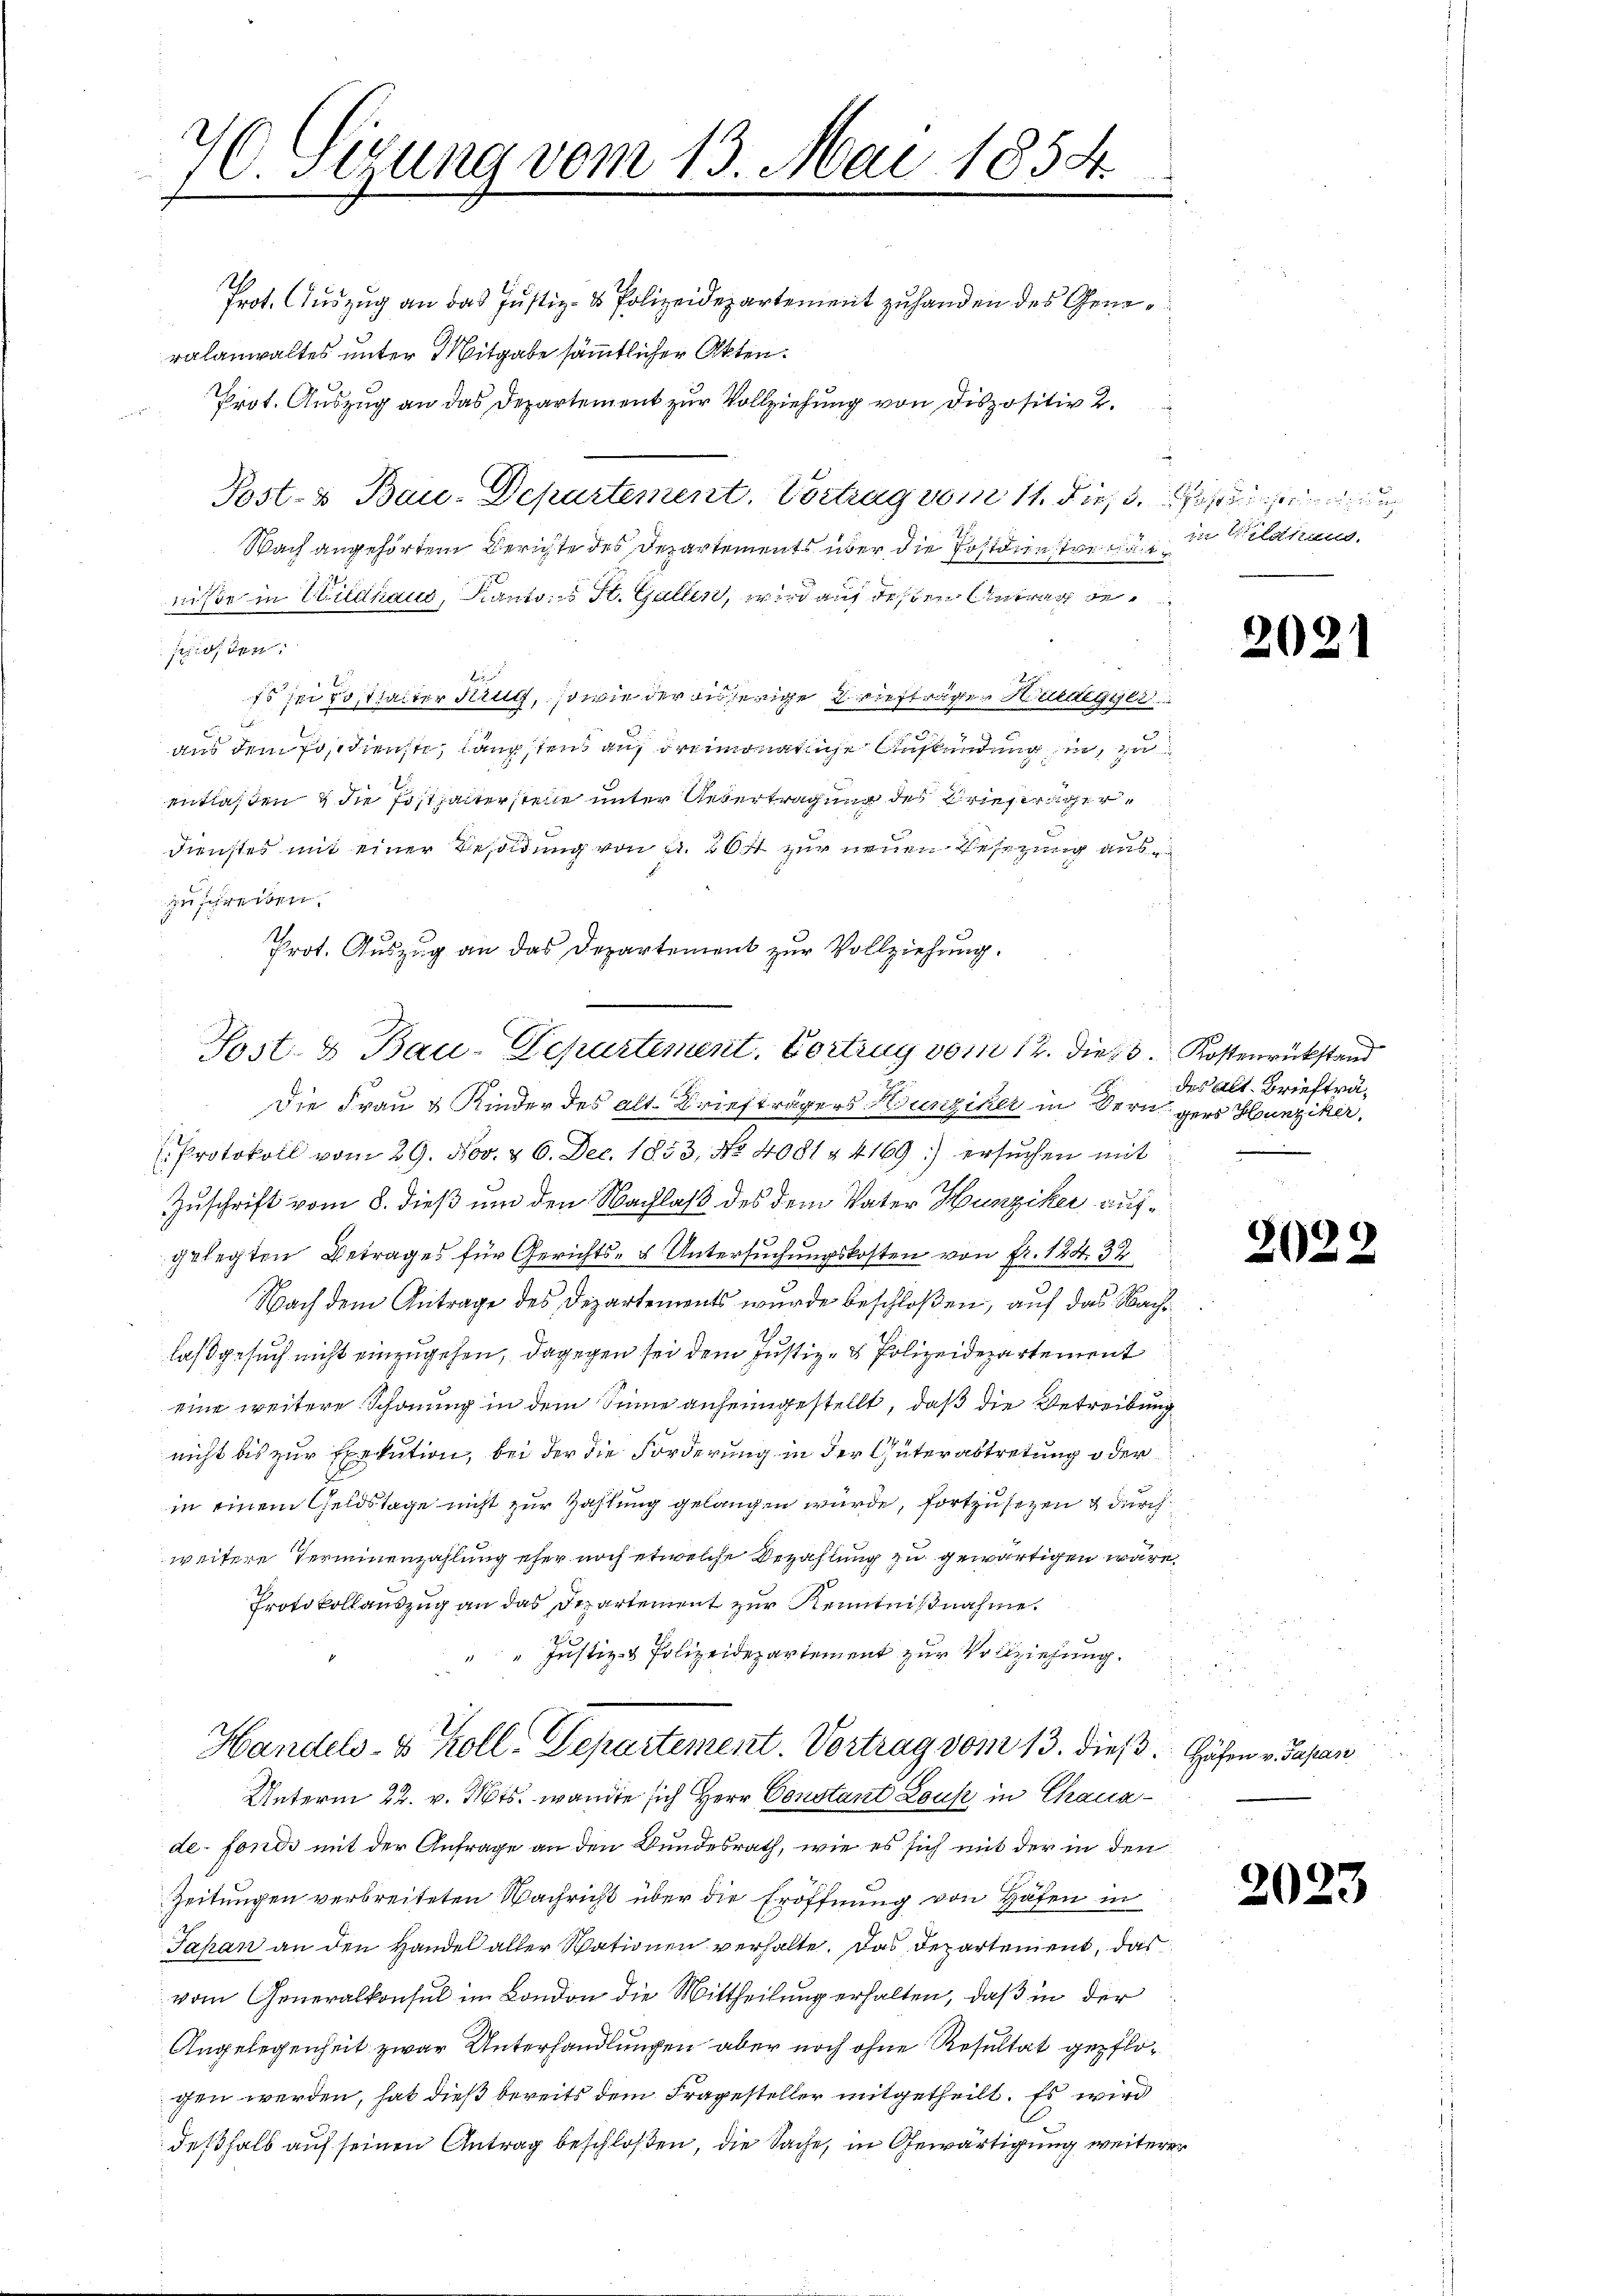
40. Sizung vom 13. Mai 1854.

Prot. Auszug an das Justiz- & Polizeidepartement zu handen des Generalanwaltes unter Mitgabe sämmtlicher Akten.
Prot. Auszug an das Departement zur Vollziehung von Dispositiv 2.
Post- & Bau-Departement. Vortrag vom 11. dieß, Zofingen
Nach angehörtem Berichte des Departements über die Postdienstreiniße in Wildhaus, Kantons St. Gallen, wird auf dessen Antrag besiden:
Es sei Posthalter Krutz, sowie der ausherige Briefträgen Huenegger
aus dem Postdienste, längstens auf dreimonatliche Aufkündung hin, zu
entlassen & die Posthalterstelle unter Uebertragung des Briefergerdienstes mit einer Besoldung von Fr. 20 fl zur neuen Besezung auszuschreiben.
1.
Prot. Auszug an das Departement zur Vollziehung.
Die Frau & Kinder des alt. Briefträgers Hunziker in Bern
Protokoll vom 29. Nov. & 6. Dec. 1853, No 4081 & 4169) ersuchen mit
Zuschrift vom 8. dieß um den Nachlaß des dem Vater Hunziker auf¬
31 x
gelegten Betrages für Gerichts- & Untersuchungskosten von Fr. 184. 32
Nach dem Antrage des Departements wurde beschloßen, auf das Nachlaß gesuch nicht einzugehen, dagegen sei dem Justiz- & Polizeidepartement
eine weitere Schonung in dem Sinne anheimgestellt, daß die Betreibung
nicht bis zur Exekution, bei der die Forderung in der Güterabtretung oder
in einem Geldstage nicht zur Zahlung gelangen wurde, fortzusetzen & durch
weitere Terminenzahlung eher noch etwelche Bezahlung zu gewärtigen wäre,
Protokollauszug an das Departement zur Kenntnißnahme.
Justiz- & Polizeidepartement zur Vollziehung.
Handels- & Koll-Departement. Vortrag vom 13. dieß.
Unterm 22. v. Mts. wandte sich Herr Constant Lous in Chauade-Fonds mit der Anfrage an den Bundesrath, wie es sich mit der in den
Zeitungen verbreiteten Nachricht über die Eröffnung von Hafen in
Japan an den Handel aller Stationen verhalte. Das Departement, das
vom Generalkonsul im London die Mittheilung erhalten, daß in der
Angelegenheit zwar Unterhandlungen aber noch ohne Resultat gepflogen werden, hat dieß bereits dem Fragesteller mitgetheilt. Es wird
deßhalb auf seinen Antrag beschloßen, die Sache, in Gewärtigung weiterer

Sost- & Bau-Departement. Vortrag vom 12. Die Kostenrückstand

in Wildhaus.

202.

des alt. Briefträgers Hunziker,

2029

Häfen v. Sapan

2023